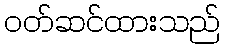
ဝတ်ဆင်ထားသည်